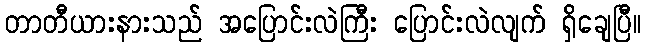
တာတီယားနားသည် အပြောင်းလဲကြီး ပြောင်းလဲလျက် ရှိချေပြီ။